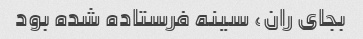
بجای ران، سینه فرستاده شده بود